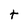
Character: t